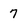
Character: 7